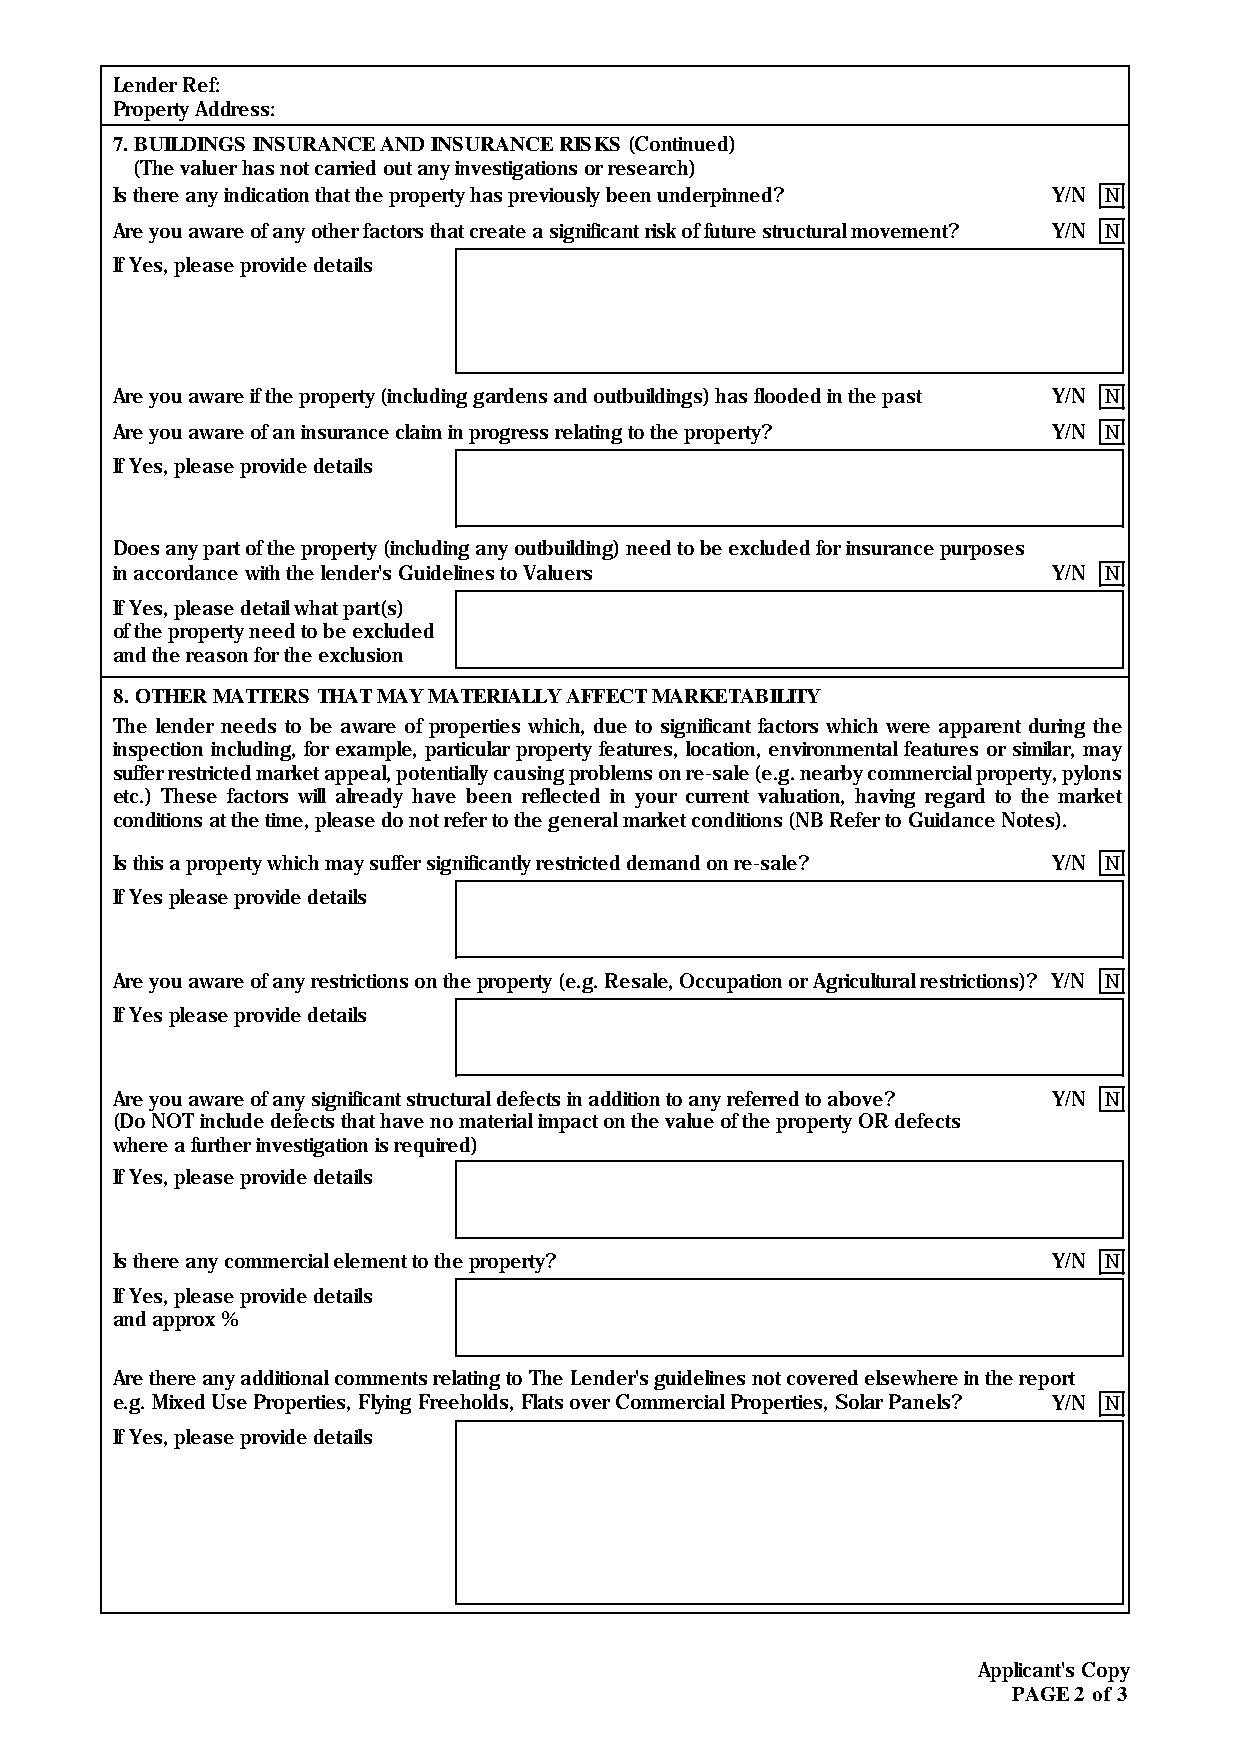
Lender Ref:
 Property Address:
 7.BUILDINGS INSURANCE AND INSURANCE RISKS(Continued)
 (The valuer has not carried out any investigations or research)
 Is there any indication that the property has previously been underpinned? Y/N N
 Are you aware of any other factors that create a significant risk of future structural movement? Y/N N
 If Yes, please provide details
 Are you aware if the property (including gardens and outbuildings) has flooded in the past Y/N N
 Are you aware of an insurance claim in progress relating to the property? Y/N N
 If Yes, please provide details
 Does any part of the property (including any outbuilding) need to be excluded for insurance purposes
 in accordance with the lender's Guidelines to Valuers          Y/N N
 If Yes, please detail what part(s)
 of the property need to be excluded
 and the reason for the exclusion
 8.OTHER MATTERS THAT MAY MATERIALLY AFFECT MARKETABILITY
 The lender needs to be aware of properties which, due to significant factors which were apparent during the
 inspection including, for example, particular property features, location, environmental features or similar, may
 sufferrestrictedmarketappeal,potentiallycausingproblemsonre-sale(e.g.nearbycommercialproperty,pylons
 etc.) These factors will already have been reflected in your current valuation, having regard to the market
 conditions at the time, please do not refer to the general market conditions (NB Refer to Guidance Notes).
 Is this a property which may suffer significantly restricted demand on re-sale? Y/N N
 If Yes please provide details
 Are you aware of any restrictions on the property (e.g. Resale, Occupation or Agricultural restrictions)? Y/N N
 If Yes please provide details
 Are you aware of any significant structural defects in addition to any referred to above? Y/N N
 (Do NOT include defects that have no material impact on the value of the property OR defects
 where a further investigation is required)
 If Yes, please provide details
 Is there any commercial element to the property?               Y/N N
 If Yes, please provide details
 and approx %
 Are there any additional comments relating to The Lender's guidelines not covered elsewhere in the report
 e.g. Mixed Use Properties, Flying Freeholds, Flats over Commercial Properties, Solar Panels? Y/N N
 If Yes, please provide details
 Applicant's Copy
 PAGE 2 of 3